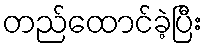
တည်ထောင်ခဲ့ပြီး